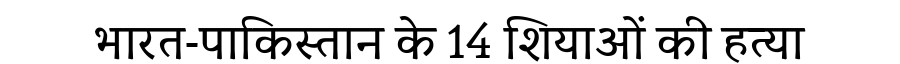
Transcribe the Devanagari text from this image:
भारत-पाकिस्तान के 14 शियाओं की हत्या